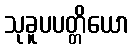
သုခူပပတ္တိယော